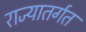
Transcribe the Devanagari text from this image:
राज्यातर्गत